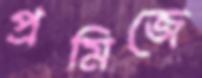
প্রমিজে